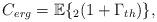
LaTeX: \begin{align*}C_{erg}= \mathbb{E}\{_{2}(1+\Gamma_{th})\}, \\\end{align*}